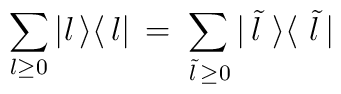
\sum_{l\geq 0} |l\,\rangle\langle\, l|\,=\,\sum_{\, \tilde l  \,\geq 0} |\, \tilde l  \,\,\rangle\langle\, \, \tilde l  \,|